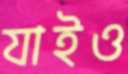
যাইও